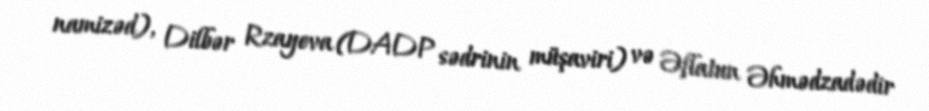
namizəd), Dilbər Rzayeva (DADP sədrinin müşaviri) və Əflatun Əhmədzadədir